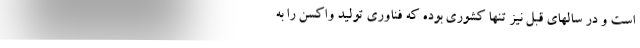
است و در سالهای قبل نیز تنها کشوری بوده که فناوری تولید واکسن را به